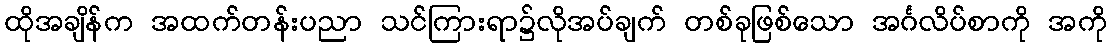
ထိုအချိန်က အထက်တန်းပညာ သင်ကြားရာ၌လိုအပ်ချက် တစ်ခုဖြစ်သော အင်္ဂလိပ်စာကို အကို